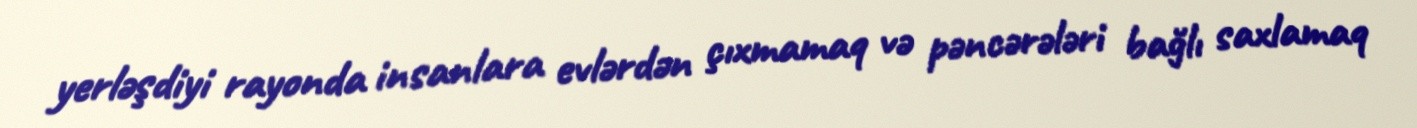
yerləşdiyi rayonda insanlara evlərdən çıxmamaq və pəncərələri bağlı saxlamaq